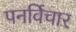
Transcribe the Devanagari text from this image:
पनर्विचार